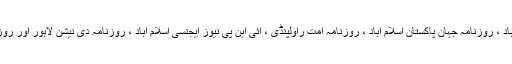
6 اداروں روزنامہ خبرنامہ مظفرآباد ، روزنامہ صبح نو مظفرآباد ، روزنامہ جہان پاکستان اسلام آباد ، روزنامہ اُمت راولپنڈی ، آئی این پی نیوز ایجنسی اسلام آباد ، روزنامہ دی نیشن لاہور اور روزنامہ سیاست مظفرآباد نے اپنے نمائندگان کی تفصیل فراہم کی ۔